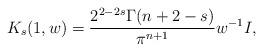
LaTeX: \begin{align*}K_s(1,w)= \frac{2^{2-2s} \Gamma(n+2-s)}{\pi^{n+1}} w^{-1} I,\end{align*}